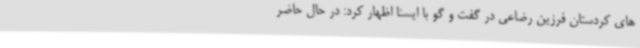
های کردستان فرزین رضاعی در گفت و گو با ایسنا اظهار کرد: در حال حاضر